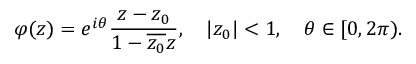
\varphi ( z ) = e ^ { i \theta } \frac { z - z _ { 0 } } { 1 - \overline { { z _ { 0 } } } z } , \quad | z _ { 0 } | < 1 , \quad \theta \in [ 0 , 2 \pi ) .